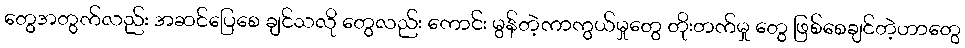
တွေအတွက်လည်း အဆင်ပြေစေ ချင်သလို တွေလည်း ကောင်း မွန်တဲ့ကာကွယ်မှုတွေ တိုးတက်မှု တွေ ဖြစ်စေချင်တဲ့ဟာတွေ